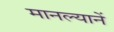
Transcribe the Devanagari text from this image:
मानल्यानें